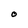
Character: O